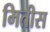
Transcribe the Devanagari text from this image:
मितीस